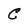
Character: c